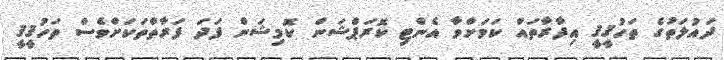
ދައުލަތުގެ ތަހުޤީޤީ އިދާރާތައް ކަމަށްވާ އެންޓި ކޮރަޕްޝަން ކޮމިޝަން ފަދަ ފަރާތްތަކަށްވެސް ތަހުޤީޤީ